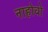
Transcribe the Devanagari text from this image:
नाहोवो